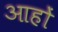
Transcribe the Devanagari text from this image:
आहों